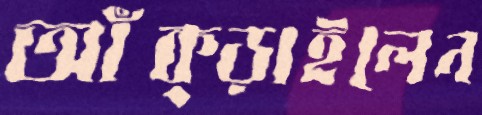
আঁক্‌ড়াইলেন